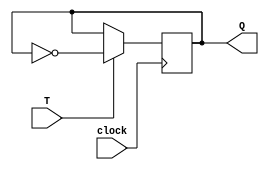
module T_flip_flop (
    input wire T,
    input wire clock,
    output reg Q
);

always @(posedge clock) begin
    if(T) begin
        Q <= ~Q; // toggle Q
    end
end

endmodule